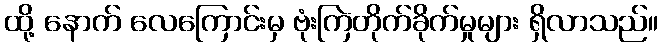
ထို့ နောက် လေကြောင်းမှ ဗုံးကြဲတိုက်ခိုက်မှုများ ရှိလာသည်။